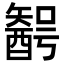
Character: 𨢰